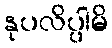
နုပလိပ္ပါမိ